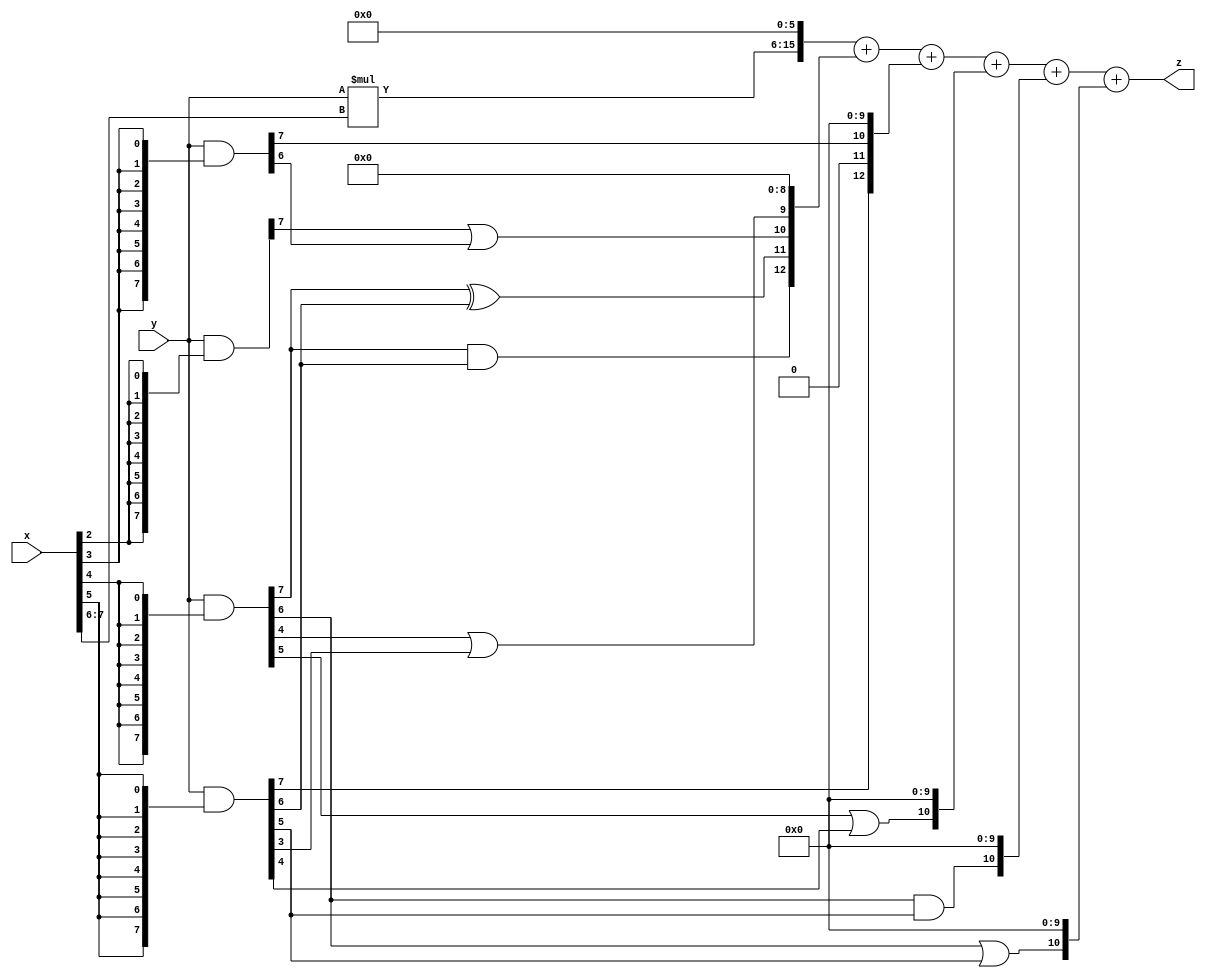
// terms: 9
// fval:  633406.25

module unsigned_8x8_l6_lamb50000_1 (
	input [7:0] x,
	input [7:0] y,
	output [15:0] z
);

wire [9:0] tmp_z = y*x[7:6];

wire [7:0] part1 =  y & {8{x[0]}};
wire [7:0] part2 =  y & {8{x[1]}};
wire [7:0] part3 =  y & {8{x[2]}};
wire [7:0] part4 =  y & {8{x[3]}};
wire [7:0] part5 =  y & {8{x[4]}};
wire [7:0] part6 =  y & {8{x[5]}};

wire [12:0] new_part1;
assign new_part1[0] = 0;
assign new_part1[1] = 0;
assign new_part1[2] = 0;
assign new_part1[3] = 0;
assign new_part1[4] = 0;
assign new_part1[5] = 0;
assign new_part1[6] = 0;
assign new_part1[7] = 0;
assign new_part1[8] = 0;
assign new_part1[9] = part5[4] | part6[3];
assign new_part1[10] = part3[7] | part4[6];
assign new_part1[11] = part5[7] ^ part6[6];
assign new_part1[12] = part5[7] & part6[6];

wire [12:0] new_part2;
assign new_part2[0] = 0;
assign new_part2[1] = 0;
assign new_part2[2] = 0;
assign new_part2[3] = 0;
assign new_part2[4] = 0;
assign new_part2[5] = 0;
assign new_part2[6] = 0;
assign new_part2[7] = 0;
assign new_part2[8] = 0;
assign new_part2[9] = 0;
assign new_part2[10] = part4[7];
assign new_part2[11] = 0;
assign new_part2[12] = part6[7];

wire [10:0] new_part3;
assign new_part3[0] = 0;
assign new_part3[1] = 0;
assign new_part3[2] = 0;
assign new_part3[3] = 0;
assign new_part3[4] = 0;
assign new_part3[5] = 0;
assign new_part3[6] = 0;
assign new_part3[7] = 0;
assign new_part3[8] = 0;
assign new_part3[9] = 0;
assign new_part3[10] = part5[5] | part6[4];

wire [10:0] new_part4;
assign new_part4[0] = 0;
assign new_part4[1] = 0;
assign new_part4[2] = 0;
assign new_part4[3] = 0;
assign new_part4[4] = 0;
assign new_part4[5] = 0;
assign new_part4[6] = 0;
assign new_part4[7] = 0;
assign new_part4[8] = 0;
assign new_part4[9] = 0;
assign new_part4[10] = part5[6] & part6[5];

wire [10:0] new_part5;
assign new_part5[0] = 0;
assign new_part5[1] = 0;
assign new_part5[2] = 0;
assign new_part5[3] = 0;
assign new_part5[4] = 0;
assign new_part5[5] = 0;
assign new_part5[6] = 0;
assign new_part5[7] = 0;
assign new_part5[8] = 0;
assign new_part5[9] = 0;
assign new_part5[10] = part5[6] | part6[5];

assign z = {tmp_z, 6'd 0} + new_part1 + new_part2 + new_part3 + new_part4 + new_part5;
endmodule